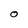
Character: o